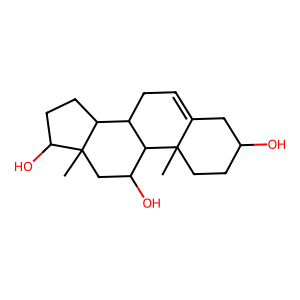
SMILES: CC12CCC(O)CC1=CCC1C2C(O)CC2(C)C(O)CCC12
Inhibits HIV replication: No